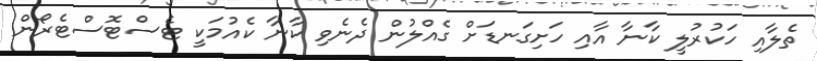
ތެލާއި ހަކުރުލީ ކާނާ އާއި ހަށިގަނޑަށް ގެއްލުން ދެނެވި ކާނާ ކެއުމަކީ ޓެސްޓޮސްޓެރޯން